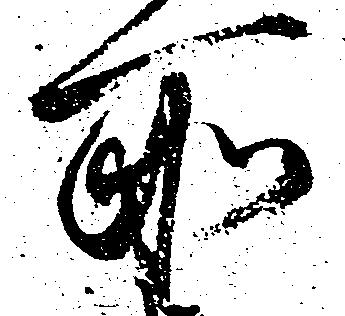
所